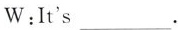
W:It's ___.